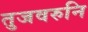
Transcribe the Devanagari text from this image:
तुजवरुनि